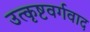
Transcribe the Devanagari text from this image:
उत्कृष्टवर्गवाद